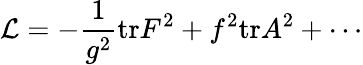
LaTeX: {\cal L}=-\frac{1}{g^{2}}\mathrm{tr}F^{2}+f^{2}\mathrm{tr}A^{2}+\cdots